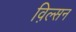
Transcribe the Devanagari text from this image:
व़िल्सन